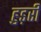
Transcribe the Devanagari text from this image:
हुड़री